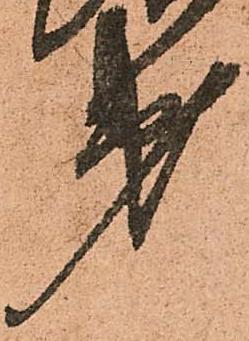
第